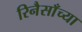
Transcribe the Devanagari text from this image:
रिनैसाँच्या